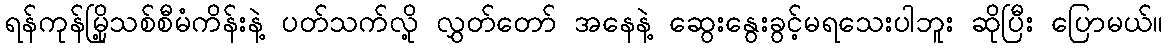
ရန်ကုန်မြို့သစ်စီမံကိန်းနဲ့ ပတ်သက်လို့ လွှတ်တော် အနေနဲ့ ဆွေးနွေးခွင့်မရသေးပါဘူး ဆိုပြီး ပြောမယ်။